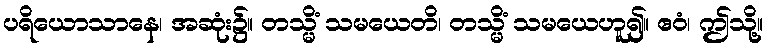
ပရိယောသာနေ၊ အဆုံး၌။ တသ္မိံ သမယေတိ၊ တသ္မိံ သမယေဟူ၍။ ဧဝံ၊ ဤသို့။